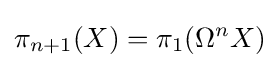
\pi _{n+1}(X)=\pi _{1}(\Omega ^{n}X)